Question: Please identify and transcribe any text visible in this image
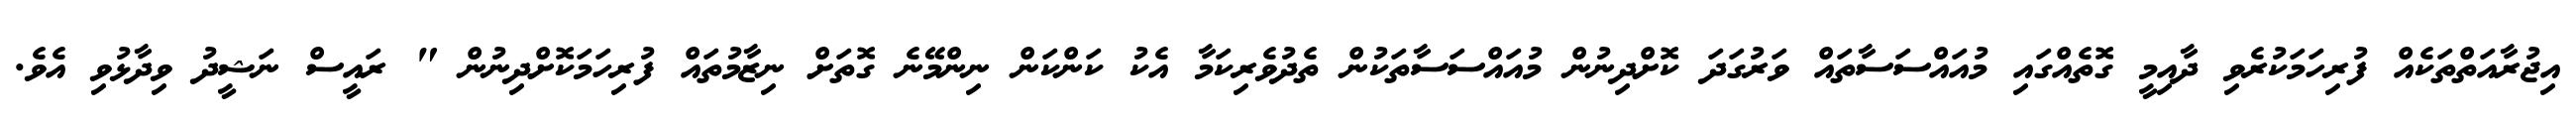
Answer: އިޖުރާއަތްތަކެއް ފުރިހަމަކުރެވި ދާއިމީ ގޮތެއްގައި މުއައްސަސާތައް ވަރުގަދަ ކޮށްދިނުން މުއައްސަސާތަކުން ތެދުވެރިކަމާ އެކު ކަންކަން ނިންމޭނެ ގޮތަށް ނިޒާމުތައް ފުރިހަމަކޮށްދިނުން " ރައީސް ނަޝީދު ވިދާޅުވި އެވެ.